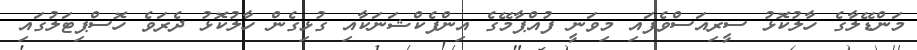
މަންޑޭލާގެ ހާލުކޮޅު ސީރިއަސްވެފައި މިވަނީ ފުއްޕާމޭގެ އިންފެކްޝަނަކާއި ގުޅިގެން ހާލުކޮޅު ދެރަވެ ހޮސްޕިޓަލުގައި